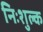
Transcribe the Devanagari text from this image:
निःशुल्‍क